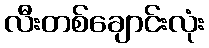
လီးတစ်ချောင်းလုံး